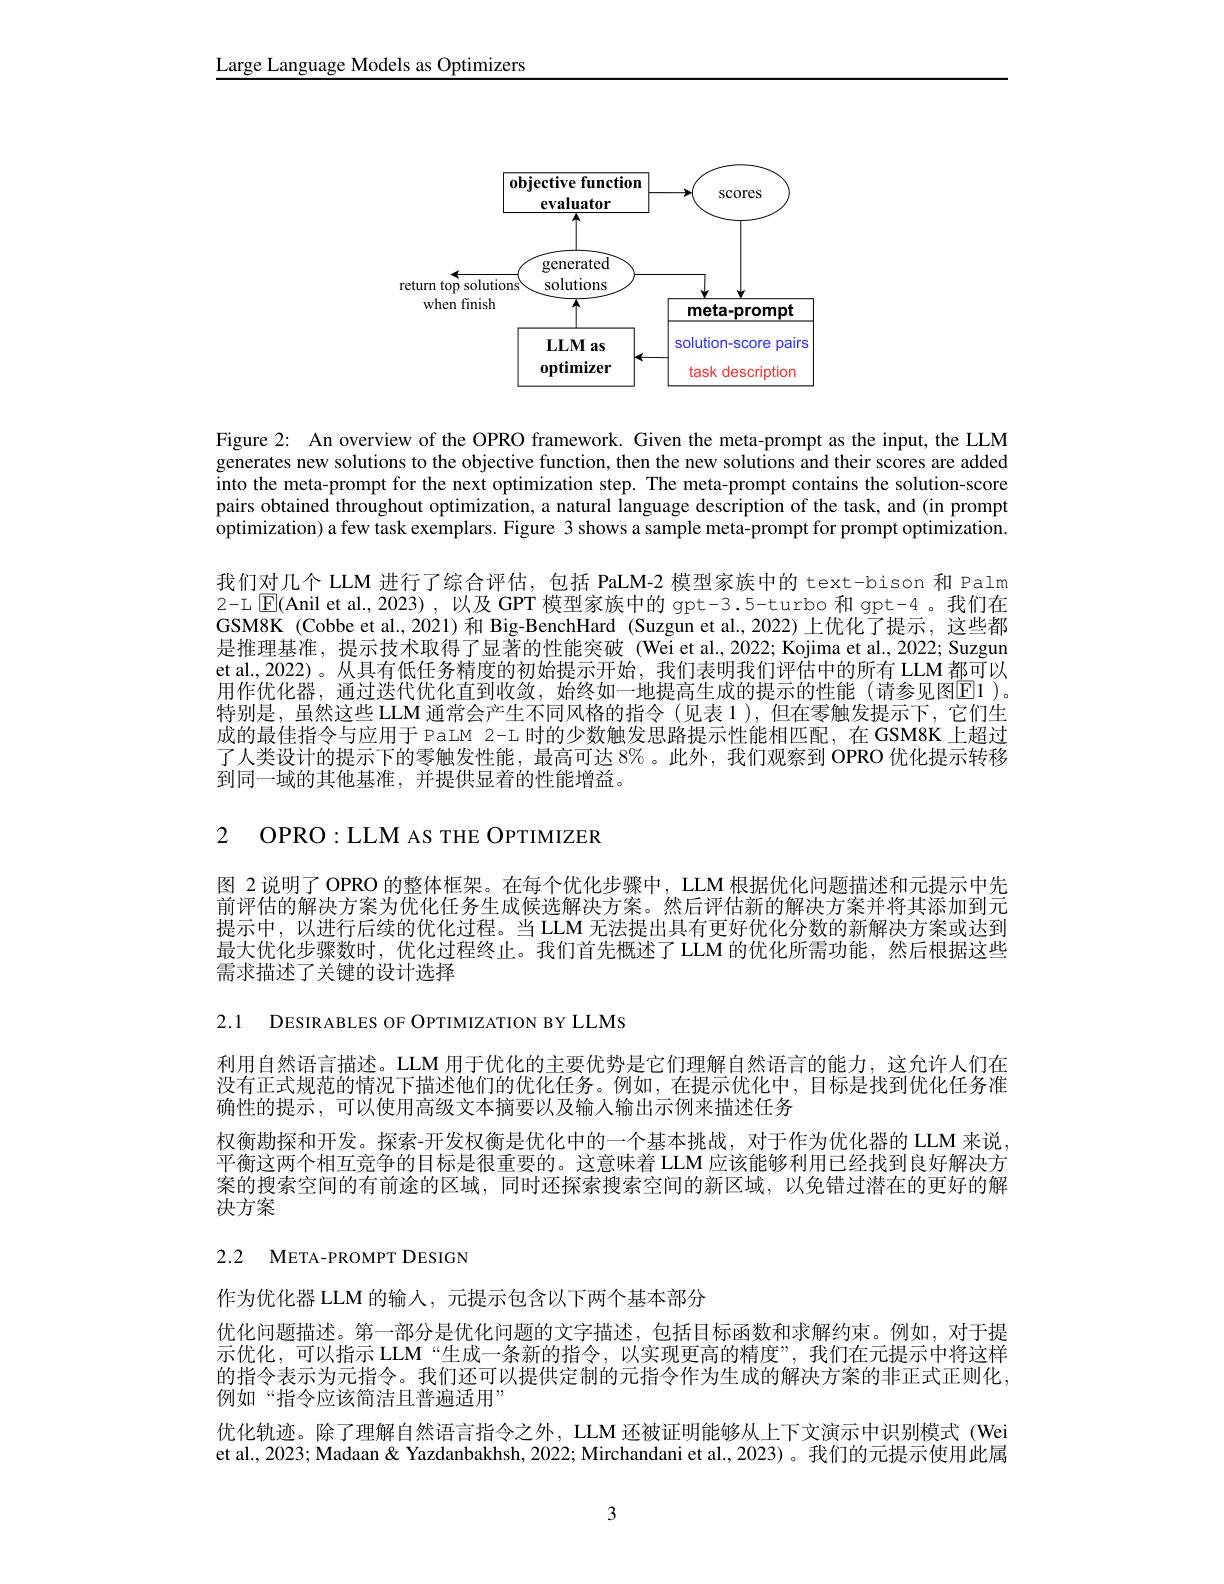
Large Language Models as Optimizers

<FigureHere>

Figure 2: An overview of the OPRO framework. Given the meta-prompt as the input, the LLM generates new solutions to the objective function, then the new solutions and their scores are added into the meta-prompt for the next optimization step. The meta-prompt contains the solution-score pairs obtained throughout optimization, a natural language description of the task, and (in prompt optimization) a few task exemplars. Figure 3 shows a sample meta-prompt for prompt optimization. 我们对几个 LLM 进行了综合评估，包括 PaLM-2 模型家族中的 text-bison 和 Palm 2-L $\boxed{\mathrm{F}}($Anil et al.,2023),以及 GPT 模型家族中的 gpt-3.5-turbo 和 gpt-4。我们在GSM8K (Cobbe et al.,2021)和 Big-BenchHard (Suzgun et al.,2022)上优化了提示，这些都是推理基准，提示技术取得了显著的性能突破(Wei et al., 2022; Kojima et al., 2022; Suzgun et al.,2022)。从具有低任务精度的初始提示开始，我们表明我们评估中的所有 LLM 都可以用作优化器，通过迭代优化直到收敛，始终如一地提高生成的提示的性能(请参见图E1)。特别是，虽然这些 LLM 通常会产生不同风格的指令 (见表 1),但在零触发提示下，它们生成的最佳指令与应用于 PaLM 2-L 时的少数触发思路提示性能相匹配，在 GSM8K 上超过了人类设计的提示下的零触发性能，最高可达 8%。此外，我们观察到 OPRO 优化提示转移到同一域的其他基准，并提供显着的性能增益。

2 OPRO:LLM AS THE OPTIMIZER

图 2说明了 OPRO 的整体框架。在每个优化步骤中，LLM 根据优化问题描述和元提示中先前评估的解决方案为优化任务生成候选解决方案。然后评估新的解决方案并将其添加到元提示中，以进行后续的优化过程。当 LLM 无法提出具有更好优化分数的新解决方案或达到最大优化步骤数时，优化过程终止。我们首先概述了 LLM 的优化所需功能，然后根据这些需求描述了关键的设计选择

2.1 DESIRABLES OF OPTIMIZATION BY LLMS

利用自然语言描述。LLM 用于优化的主要优势是它们理解自然语言的能力，这允许人们在没有正式规范的情况下描述他们的优化任务。例如，在提示优化中，目标是找到优化任务准确性的提示，可以使用高级文本摘要以及输入输出示例来描述任务
权衡勘探和开发。探索-开发权衡是优化中的一个基本挑战，对于作为优化器的 LLM 来说， 平衡这两个相互竞争的目标是很重要的。这意味着 LLM 应该能够利用已经找到良好解决方案的搜索空间的有前途的区域，同时还探索搜索空间的新区域，以免错过潜在的更好的解决方案

## 2.2 META-PROMPT DESIGN

作为优化器 LLM 的输入，元提示包含以下两个基本部分
优化问题描述。第一部分是优化问题的文字描述，包括目标函数和求解约束。例如，对于提示优化，可以指示 LLM“生成一条新的指令，以实现更高的精度”,我们在元提示中将这样的指令表示为元指令。我们还可以提供定制的元指令作为生成的解决方案的非正式正则化， 例如“指令应该简洁且普遍适用”
优化轨迹。除了理解自然语言指令之外，LLM 还被证明能够从上下文演示中识别模式 (Wei et al., 2023; Madaan& Yazdanbakhsh, 2022; Mirchandani et al., 2023)。我们的元提示使用此属

3